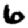
Digit: 6